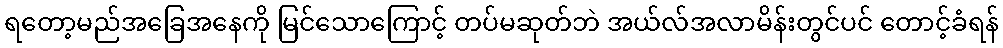
ရတော့မည်အခြေအနေကို မြင်သောကြောင့် တပ်မဆုတ်ဘဲ အယ်လ်အလာမိန်းတွင်ပင် တောင့်ခံရန်